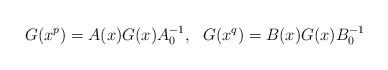
LaTeX: \begin{align*}{G(x^p)=A(x)G(x)A_0^{-1},\ \ G(x^q)=B(x)G(x)B_0^{-1}}\end{align*}